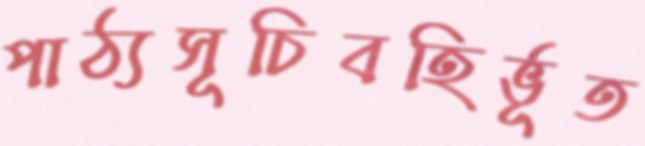
পাঠ্যসূচিবহির্ভূত